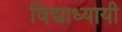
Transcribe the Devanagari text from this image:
विद्याध्यायी